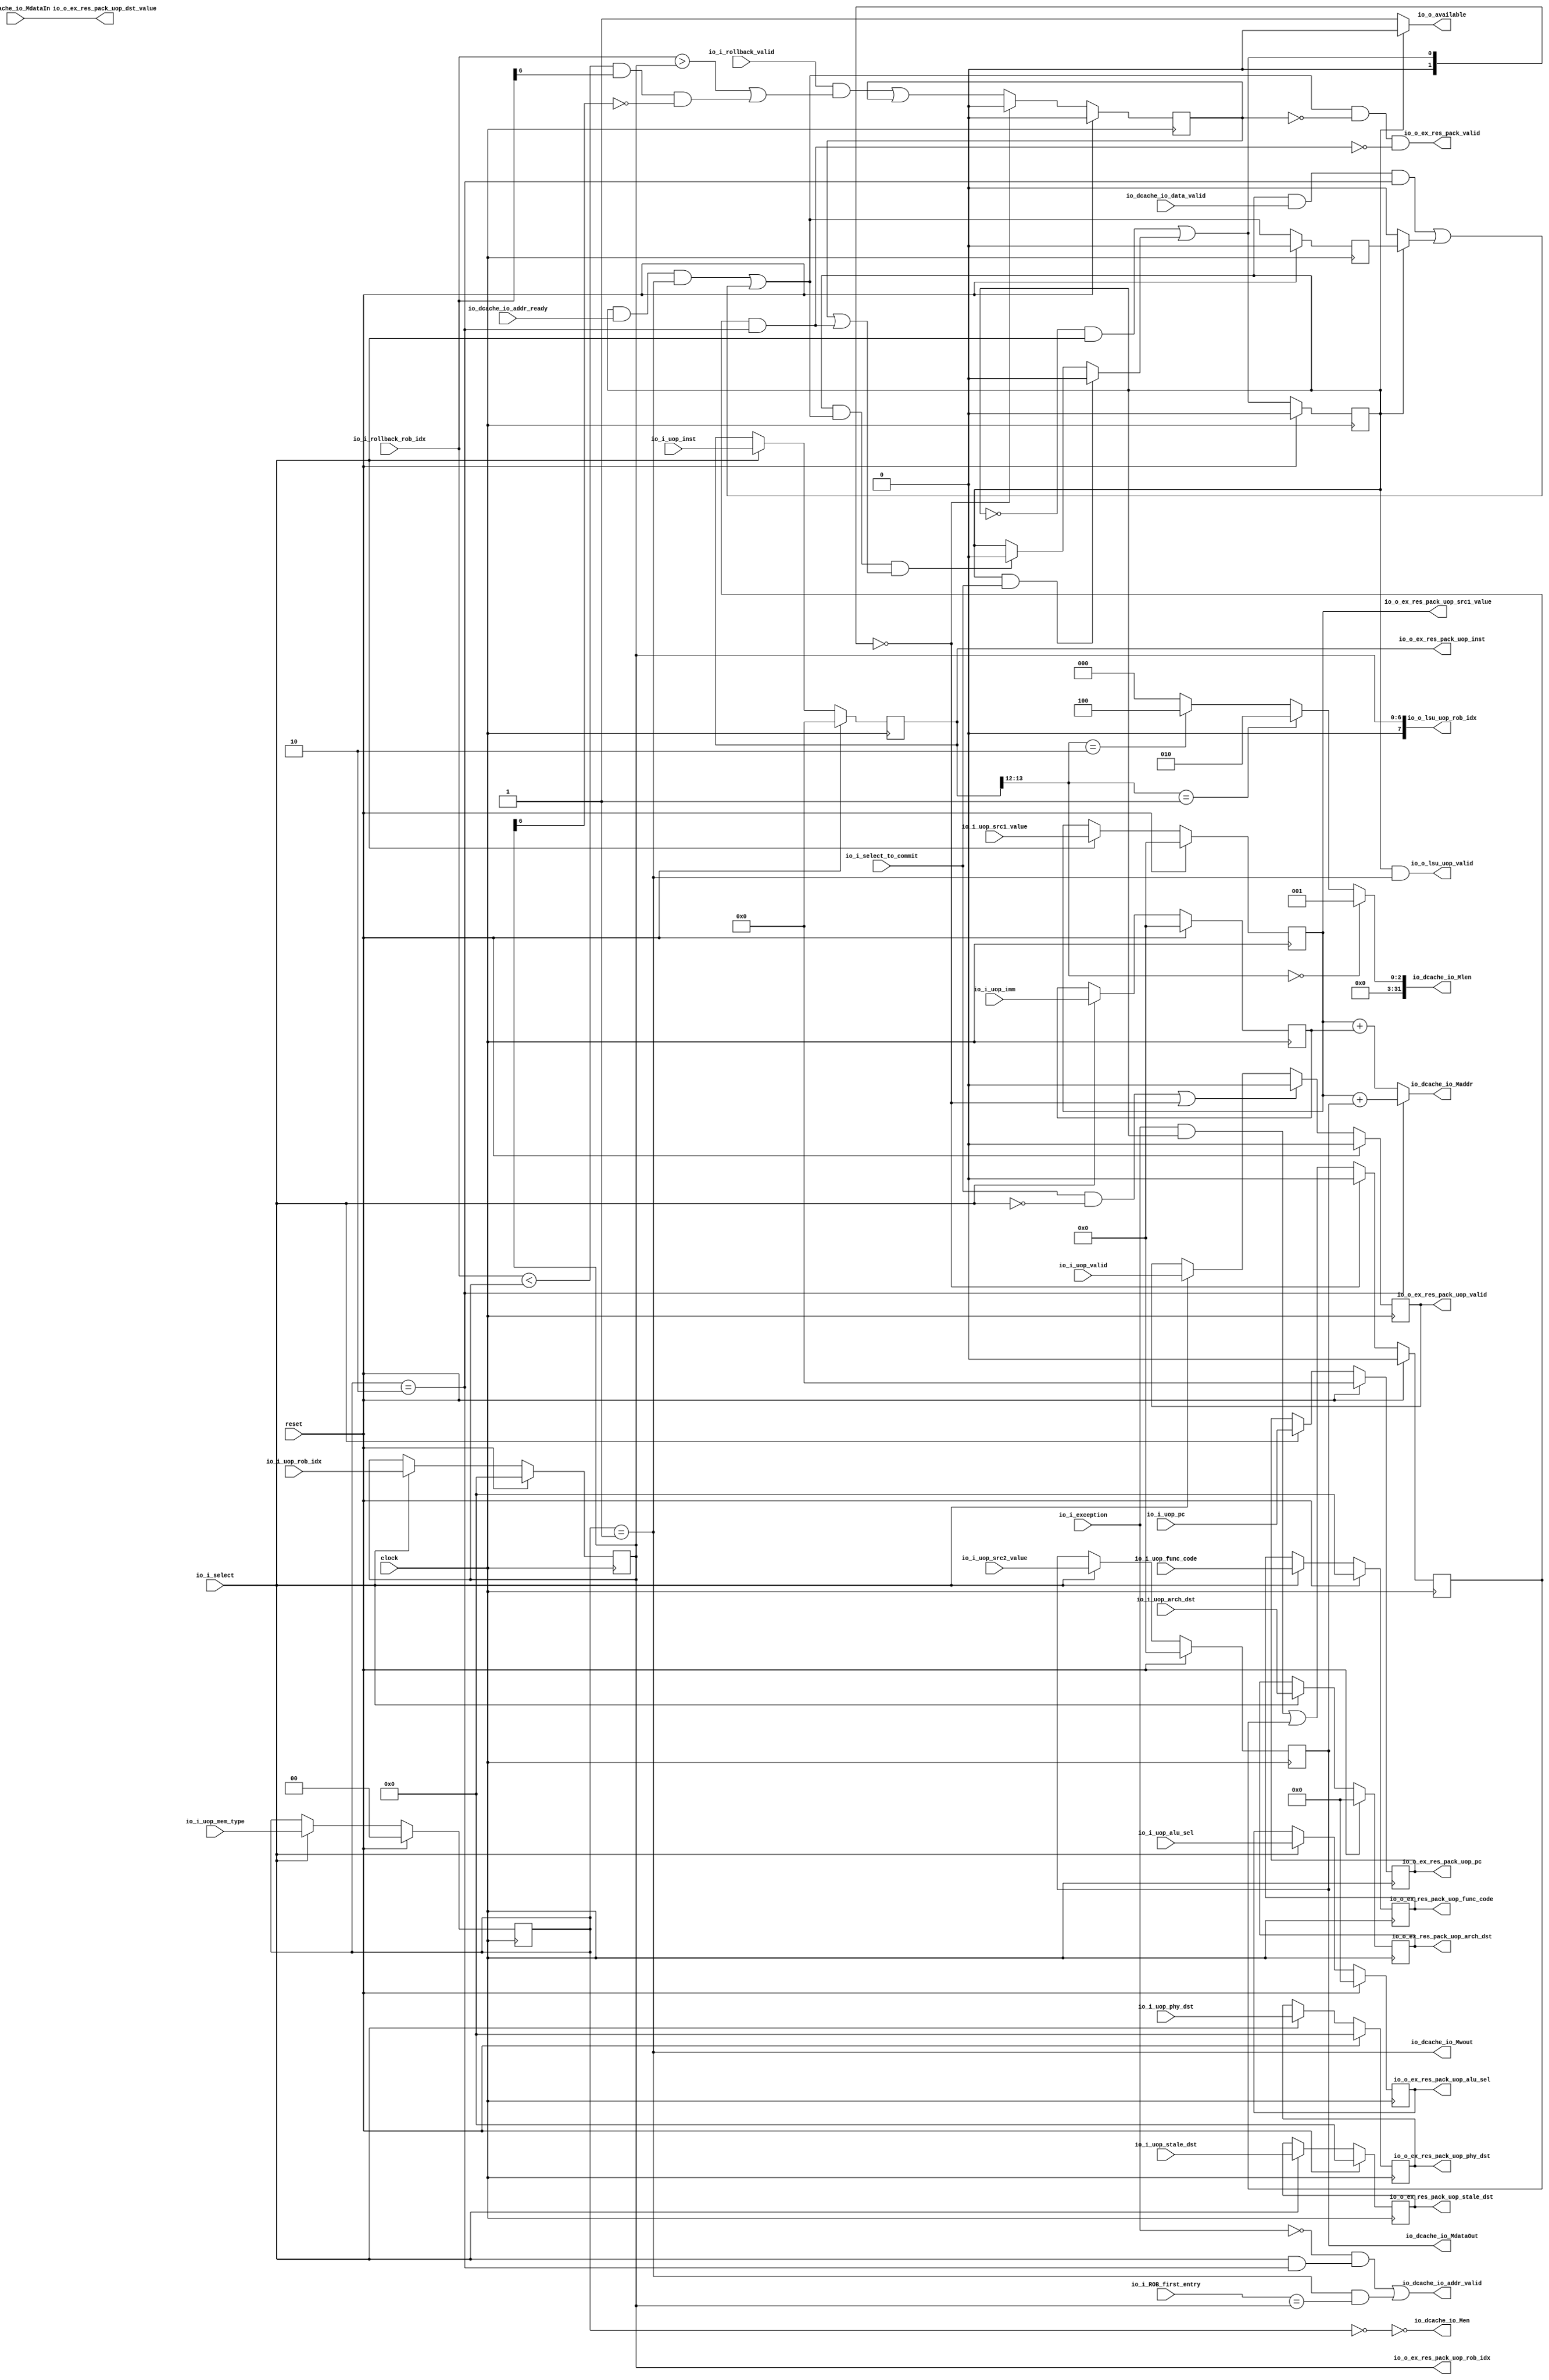
module LSU(
  input         clock,
  input         reset,
  input         io_i_uop_valid,
  input  [31:0] io_i_uop_pc,
  input  [31:0] io_i_uop_inst,
  input  [6:0]  io_i_uop_func_code,
  input  [6:0]  io_i_uop_phy_dst,
  input  [6:0]  io_i_uop_stale_dst,
  input  [4:0]  io_i_uop_arch_dst,
  input  [6:0]  io_i_uop_rob_idx,
  input  [63:0] io_i_uop_imm,
  input  [63:0] io_i_uop_src1_value,
  input  [63:0] io_i_uop_src2_value,
  input  [4:0]  io_i_uop_alu_sel,
  input  [1:0]  io_i_uop_mem_type,
  input         io_i_select,
  input         io_i_select_to_commit,
  output        io_o_ex_res_pack_valid,
  output        io_o_ex_res_pack_uop_valid,
  output [31:0] io_o_ex_res_pack_uop_pc,
  output [31:0] io_o_ex_res_pack_uop_inst,
  output [6:0]  io_o_ex_res_pack_uop_func_code,
  output [6:0]  io_o_ex_res_pack_uop_phy_dst,
  output [6:0]  io_o_ex_res_pack_uop_stale_dst,
  output [4:0]  io_o_ex_res_pack_uop_arch_dst,
  output [6:0]  io_o_ex_res_pack_uop_rob_idx,
  output [63:0] io_o_ex_res_pack_uop_dst_value,
  output [63:0] io_o_ex_res_pack_uop_src1_value,
  output [4:0]  io_o_ex_res_pack_uop_alu_sel,
  output        io_o_available,
  input  [6:0]  io_i_ROB_first_entry,
  input         io_dcache_io_data_valid,
  output        io_dcache_io_addr_valid,
  input         io_dcache_io_addr_ready,
  output        io_dcache_io_Mwout,
  output [63:0] io_dcache_io_Maddr,
  output        io_dcache_io_Men,
  output [31:0] io_dcache_io_Mlen,
  input  [63:0] io_dcache_io_MdataIn,
  output [63:0] io_dcache_io_MdataOut,
  output        io_o_lsu_uop_valid,
  output [7:0]  io_o_lsu_uop_rob_idx,
  input         io_i_exception,
  input         io_i_rollback_valid,
  input  [6:0]  io_i_rollback_rob_idx
);
`ifdef RANDOMIZE_REG_INIT
  reg [31:0] _RAND_0;
  reg [31:0] _RAND_1;
  reg [31:0] _RAND_2;
  reg [31:0] _RAND_3;
  reg [31:0] _RAND_4;
  reg [31:0] _RAND_5;
  reg [31:0] _RAND_6;
  reg [31:0] _RAND_7;
  reg [31:0] _RAND_8;
  reg [63:0] _RAND_9;
  reg [63:0] _RAND_10;
  reg [63:0] _RAND_11;
  reg [31:0] _RAND_12;
  reg [31:0] _RAND_13;
  reg [31:0] _RAND_14;
  reg [31:0] _RAND_15;
  reg [31:0] _RAND_16;
`endif // RANDOMIZE_REG_INIT
  reg  state; // @[execute_unit.scala 237:24]
  reg  uop_valid; // @[execute_unit.scala 241:23]
  reg [31:0] uop_pc; // @[execute_unit.scala 241:23]
  reg [31:0] uop_inst; // @[execute_unit.scala 241:23]
  reg [6:0] uop_func_code; // @[execute_unit.scala 241:23]
  reg [6:0] uop_phy_dst; // @[execute_unit.scala 241:23]
  reg [6:0] uop_stale_dst; // @[execute_unit.scala 241:23]
  reg [4:0] uop_arch_dst; // @[execute_unit.scala 241:23]
  reg [6:0] uop_rob_idx; // @[execute_unit.scala 241:23]
  reg [63:0] uop_imm; // @[execute_unit.scala 241:23]
  reg [63:0] uop_src1_value; // @[execute_unit.scala 241:23]
  reg [63:0] uop_src2_value; // @[execute_unit.scala 241:23]
  reg [4:0] uop_alu_sel; // @[execute_unit.scala 241:23]
  reg [1:0] uop_mem_type; // @[execute_unit.scala 241:23]
  wire  _next_state_T = ~state; // @[execute_unit.scala 303:17]
  wire  _next_state_T_1 = ~state & io_i_select; // @[execute_unit.scala 303:29]
  wire  _next_state_T_3 = state & io_i_select_to_commit; // @[execute_unit.scala 304:29]
  wire  _next_ready_to_commit_T_2 = uop_mem_type == 2'h1; // @[execute_unit.scala 310:67]
  wire  _next_ready_to_commit_T_3 = state & io_dcache_io_addr_ready & uop_mem_type == 2'h1; // @[execute_unit.scala 310:52]
  wire  _next_ready_to_commit_T_6 = uop_mem_type == 2'h2; // @[execute_unit.scala 311:67]
  wire  _next_ready_to_commit_T_7 = state & io_dcache_io_data_valid & uop_mem_type == 2'h2; // @[execute_unit.scala 311:52]
  reg  ready_to_commit; // @[execute_unit.scala 288:34]
  wire  _next_ready_to_commit_T_9 = _next_state_T ? 1'h0 : ready_to_commit; // @[Mux.scala 101:16]
  wire  next_ready_to_commit = _next_ready_to_commit_T_3 | (_next_ready_to_commit_T_7 | _next_ready_to_commit_T_9); // @[Mux.scala 101:16]
  reg  rollback_occured; // @[execute_unit.scala 292:35]
  reg  exception_occured; // @[execute_unit.scala 249:36]
  wire  _next_state_T_7 = exception_occured & _next_ready_to_commit_T_6; // @[execute_unit.scala 306:98]
  wire  _next_state_T_9 = state & next_ready_to_commit & (rollback_occured | exception_occured &
    _next_ready_to_commit_T_6); // @[execute_unit.scala 306:55]
  wire  _next_state_T_10 = _next_state_T_9 ? 1'h0 : state; // @[Mux.scala 101:16]
  wire  _next_state_T_11 = _next_state_T_3 ? 1'h0 : _next_state_T_10; // @[Mux.scala 101:16]
  wire  _next_state_T_12 = _next_state_T_1 | _next_state_T_11; // @[Mux.scala 101:16]
  wire [1:0] next_state = {{1'd0}, _next_state_T_12}; // @[execute_unit.scala 238:26 302:16]
  wire  _T_2 = next_state == 2'h0; // @[execute_unit.scala 244:63]
  wire  _GEN_1 = io_i_exception & state | exception_occured; // @[execute_unit.scala 250:45 251:27 249:36]
  wire  _len_T_1 = uop_inst[13:12] == 2'h0; // @[execute_unit.scala 259:26]
  wire  _len_T_3 = uop_inst[13:12] == 2'h1; // @[execute_unit.scala 260:26]
  wire  _len_T_5 = uop_inst[13:12] == 2'h2; // @[execute_unit.scala 261:26]
  wire [3:0] _len_T_8 = _len_T_1 ? 4'h8 : 4'h0; // @[Mux.scala 101:16]
  wire [3:0] _len_T_9 = _len_T_5 ? 4'h4 : _len_T_8; // @[Mux.scala 101:16]
  wire [3:0] _len_T_10 = _len_T_3 ? 4'h2 : _len_T_9; // @[Mux.scala 101:16]
  wire [3:0] _len_T_11 = _len_T_1 ? 4'h1 : _len_T_10; // @[Mux.scala 101:16]
  wire [63:0] _addr_T_2 = uop_src1_value + uop_src2_value; // @[execute_unit.scala 268:54]
  wire [63:0] _addr_T_4 = uop_src1_value + uop_imm; // @[execute_unit.scala 268:84]
  wire  _next_rollback_occured_T_8 = io_i_rollback_rob_idx < uop_rob_idx & io_i_rollback_rob_idx[6] & ~uop_rob_idx[6]; // @[execute_unit.scala 299:84]
  wire  _next_rollback_occured_T_10 = io_i_rollback_valid & (io_i_rollback_rob_idx > uop_rob_idx |
    _next_rollback_occured_T_8); // @[execute_unit.scala 298:31]
  wire [1:0] _GEN_3 = reset ? 2'h0 : next_state; // @[execute_unit.scala 237:{24,24} 239:11]
  assign io_o_ex_res_pack_valid = next_ready_to_commit & ~rollback_occured & ~_next_state_T_7; // @[execute_unit.scala 314:73]
  assign io_o_ex_res_pack_uop_valid = uop_valid; // @[execute_unit.scala 285:26]
  assign io_o_ex_res_pack_uop_pc = uop_pc; // @[execute_unit.scala 285:26]
  assign io_o_ex_res_pack_uop_inst = uop_inst; // @[execute_unit.scala 285:26]
  assign io_o_ex_res_pack_uop_func_code = uop_func_code; // @[execute_unit.scala 285:26]
  assign io_o_ex_res_pack_uop_phy_dst = uop_phy_dst; // @[execute_unit.scala 285:26]
  assign io_o_ex_res_pack_uop_stale_dst = uop_stale_dst; // @[execute_unit.scala 285:26]
  assign io_o_ex_res_pack_uop_arch_dst = uop_arch_dst; // @[execute_unit.scala 285:26]
  assign io_o_ex_res_pack_uop_rob_idx = uop_rob_idx; // @[execute_unit.scala 285:26]
  assign io_o_ex_res_pack_uop_dst_value = io_dcache_io_MdataIn; // @[execute_unit.scala 286:36]
  assign io_o_ex_res_pack_uop_src1_value = uop_src1_value; // @[execute_unit.scala 285:26]
  assign io_o_ex_res_pack_uop_alu_sel = uop_alu_sel; // @[execute_unit.scala 285:26]
  assign io_o_available = state ? 1'h0 : 1'h1; // @[execute_unit.scala 315:26]
  assign io_dcache_io_addr_valid = ~io_i_exception & (io_i_select & _next_ready_to_commit_T_6) |
    _next_ready_to_commit_T_2 & io_i_ROB_first_entry == uop_rob_idx; // @[execute_unit.scala 277:91]
  assign io_dcache_io_Mwout = uop_mem_type == 2'h1; // @[execute_unit.scala 280:40]
  assign io_dcache_io_Maddr = _next_ready_to_commit_T_6 ? _addr_T_2 : _addr_T_4; // @[execute_unit.scala 268:16]
  assign io_dcache_io_Men = ~(uop_mem_type == 2'h0); // @[execute_unit.scala 281:25]
  assign io_dcache_io_Mlen = {{28'd0}, _len_T_11}; // @[execute_unit.scala 257:19 258:9]
  assign io_dcache_io_MdataOut = uop_src2_value; // @[execute_unit.scala 283:27]
  assign io_o_lsu_uop_valid = state & _next_ready_to_commit_T_2; // @[execute_unit.scala 317:44]
  assign io_o_lsu_uop_rob_idx = {{1'd0}, uop_rob_idx}; // @[execute_unit.scala 318:26]
  always @(posedge clock) begin
    state <= _GEN_3[0]; // @[execute_unit.scala 237:{24,24} 239:11]
    if (reset) begin // @[execute_unit.scala 241:23]
      uop_valid <= 1'h0; // @[execute_unit.scala 241:23]
    end else if (io_i_select_to_commit & ~io_i_select | next_state == 2'h0) begin // @[execute_unit.scala 244:75]
      uop_valid <= 1'h0; // @[execute_unit.scala 245:23]
    end else if (io_i_select) begin // @[execute_unit.scala 243:20]
      uop_valid <= io_i_uop_valid;
    end
    if (reset) begin // @[execute_unit.scala 241:23]
      uop_pc <= 32'h0; // @[execute_unit.scala 241:23]
    end else if (io_i_select) begin // @[execute_unit.scala 243:20]
      uop_pc <= io_i_uop_pc;
    end
    if (reset) begin // @[execute_unit.scala 241:23]
      uop_inst <= 32'h0; // @[execute_unit.scala 241:23]
    end else if (io_i_select) begin // @[execute_unit.scala 243:20]
      uop_inst <= io_i_uop_inst;
    end
    if (reset) begin // @[execute_unit.scala 241:23]
      uop_func_code <= 7'h0; // @[execute_unit.scala 241:23]
    end else if (io_i_select) begin // @[execute_unit.scala 243:20]
      uop_func_code <= io_i_uop_func_code;
    end
    if (reset) begin // @[execute_unit.scala 241:23]
      uop_phy_dst <= 7'h0; // @[execute_unit.scala 241:23]
    end else if (io_i_select) begin // @[execute_unit.scala 243:20]
      uop_phy_dst <= io_i_uop_phy_dst;
    end
    if (reset) begin // @[execute_unit.scala 241:23]
      uop_stale_dst <= 7'h0; // @[execute_unit.scala 241:23]
    end else if (io_i_select) begin // @[execute_unit.scala 243:20]
      uop_stale_dst <= io_i_uop_stale_dst;
    end
    if (reset) begin // @[execute_unit.scala 241:23]
      uop_arch_dst <= 5'h0; // @[execute_unit.scala 241:23]
    end else if (io_i_select) begin // @[execute_unit.scala 243:20]
      uop_arch_dst <= io_i_uop_arch_dst;
    end
    if (reset) begin // @[execute_unit.scala 241:23]
      uop_rob_idx <= 7'h0; // @[execute_unit.scala 241:23]
    end else if (io_i_select) begin // @[execute_unit.scala 243:20]
      uop_rob_idx <= io_i_uop_rob_idx;
    end
    if (reset) begin // @[execute_unit.scala 241:23]
      uop_imm <= 64'h0; // @[execute_unit.scala 241:23]
    end else if (io_i_select) begin // @[execute_unit.scala 243:20]
      uop_imm <= io_i_uop_imm;
    end
    if (reset) begin // @[execute_unit.scala 241:23]
      uop_src1_value <= 64'h0; // @[execute_unit.scala 241:23]
    end else if (io_i_select) begin // @[execute_unit.scala 243:20]
      uop_src1_value <= io_i_uop_src1_value;
    end
    if (reset) begin // @[execute_unit.scala 241:23]
      uop_src2_value <= 64'h0; // @[execute_unit.scala 241:23]
    end else if (io_i_select) begin // @[execute_unit.scala 243:20]
      uop_src2_value <= io_i_uop_src2_value;
    end
    if (reset) begin // @[execute_unit.scala 241:23]
      uop_alu_sel <= 5'h0; // @[execute_unit.scala 241:23]
    end else if (io_i_select) begin // @[execute_unit.scala 243:20]
      uop_alu_sel <= io_i_uop_alu_sel;
    end
    if (reset) begin // @[execute_unit.scala 241:23]
      uop_mem_type <= 2'h0; // @[execute_unit.scala 241:23]
    end else if (io_i_select) begin // @[execute_unit.scala 243:20]
      uop_mem_type <= io_i_uop_mem_type;
    end
    if (reset) begin // @[execute_unit.scala 288:34]
      ready_to_commit <= 1'h0; // @[execute_unit.scala 288:34]
    end else begin
      ready_to_commit <= next_ready_to_commit; // @[execute_unit.scala 290:20]
    end
    if (reset) begin // @[execute_unit.scala 292:35]
      rollback_occured <= 1'h0; // @[execute_unit.scala 292:35]
    end else if (_T_2) begin // @[Mux.scala 101:16]
      rollback_occured <= 1'h0;
    end else begin
      rollback_occured <= _next_rollback_occured_T_10 | rollback_occured;
    end
    if (reset) begin // @[execute_unit.scala 249:36]
      exception_occured <= 1'h0; // @[execute_unit.scala 249:36]
    end else if (_T_2) begin // @[execute_unit.scala 253:32]
      exception_occured <= 1'h0; // @[execute_unit.scala 254:27]
    end else begin
      exception_occured <= _GEN_1;
    end
  end
// Register and memory initialization
`ifdef RANDOMIZE_GARBAGE_ASSIGN
`define RANDOMIZE
`endif
`ifdef RANDOMIZE_INVALID_ASSIGN
`define RANDOMIZE
`endif
`ifdef RANDOMIZE_REG_INIT
`define RANDOMIZE
`endif
`ifdef RANDOMIZE_MEM_INIT
`define RANDOMIZE
`endif
`ifndef RANDOM
`define RANDOM $random
`endif
`ifdef RANDOMIZE_MEM_INIT
  integer initvar;
`endif
`ifndef SYNTHESIS
`ifdef FIRRTL_BEFORE_INITIAL
`FIRRTL_BEFORE_INITIAL
`endif
initial begin
  `ifdef RANDOMIZE
    `ifdef INIT_RANDOM
      `INIT_RANDOM
    `endif
    `ifndef VERILATOR
      `ifdef RANDOMIZE_DELAY
        #`RANDOMIZE_DELAY begin end
      `else
        #0.002 begin end
      `endif
    `endif
`ifdef RANDOMIZE_REG_INIT
  _RAND_0 = {1{`RANDOM}};
  state = _RAND_0[0:0];
  _RAND_1 = {1{`RANDOM}};
  uop_valid = _RAND_1[0:0];
  _RAND_2 = {1{`RANDOM}};
  uop_pc = _RAND_2[31:0];
  _RAND_3 = {1{`RANDOM}};
  uop_inst = _RAND_3[31:0];
  _RAND_4 = {1{`RANDOM}};
  uop_func_code = _RAND_4[6:0];
  _RAND_5 = {1{`RANDOM}};
  uop_phy_dst = _RAND_5[6:0];
  _RAND_6 = {1{`RANDOM}};
  uop_stale_dst = _RAND_6[6:0];
  _RAND_7 = {1{`RANDOM}};
  uop_arch_dst = _RAND_7[4:0];
  _RAND_8 = {1{`RANDOM}};
  uop_rob_idx = _RAND_8[6:0];
  _RAND_9 = {2{`RANDOM}};
  uop_imm = _RAND_9[63:0];
  _RAND_10 = {2{`RANDOM}};
  uop_src1_value = _RAND_10[63:0];
  _RAND_11 = {2{`RANDOM}};
  uop_src2_value = _RAND_11[63:0];
  _RAND_12 = {1{`RANDOM}};
  uop_alu_sel = _RAND_12[4:0];
  _RAND_13 = {1{`RANDOM}};
  uop_mem_type = _RAND_13[1:0];
  _RAND_14 = {1{`RANDOM}};
  ready_to_commit = _RAND_14[0:0];
  _RAND_15 = {1{`RANDOM}};
  rollback_occured = _RAND_15[0:0];
  _RAND_16 = {1{`RANDOM}};
  exception_occured = _RAND_16[0:0];
`endif // RANDOMIZE_REG_INIT
  `endif // RANDOMIZE
end // initial
`ifdef FIRRTL_AFTER_INITIAL
`FIRRTL_AFTER_INITIAL
`endif
`endif // SYNTHESIS
endmodule